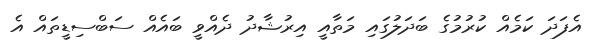
އެފަދަ ކަމެއް ކުރުމުގެ ބަދަލުގައި މަތާއީ އިރުޝާދު ދެއްވީ ބައެއް ސަބްސިޑީތައް އެ